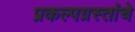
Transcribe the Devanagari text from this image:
प्रकल्पग्रस्तांचे